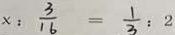
x : \frac { 3 } { 1 6 } = \frac { 1 } { 3 } : 2